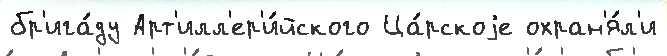
бр'ига́ду Арт'илл'ер'и́йского Ца́рскоjе охран'я́л'и